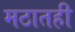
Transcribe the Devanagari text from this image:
मठातही